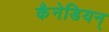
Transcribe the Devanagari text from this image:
कैनेडियन्